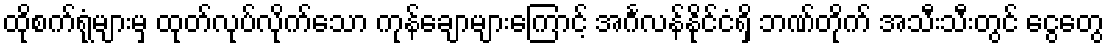
ထိုစက်ရုံများမှ ထုတ်လုပ်လိုက်သော ကုန်ချောများကြောင့် အင်္ဂလန်နိုင်ငံရှိ ဘဏ်တိုက် အသီးသီးတွင် ငွေတွေ